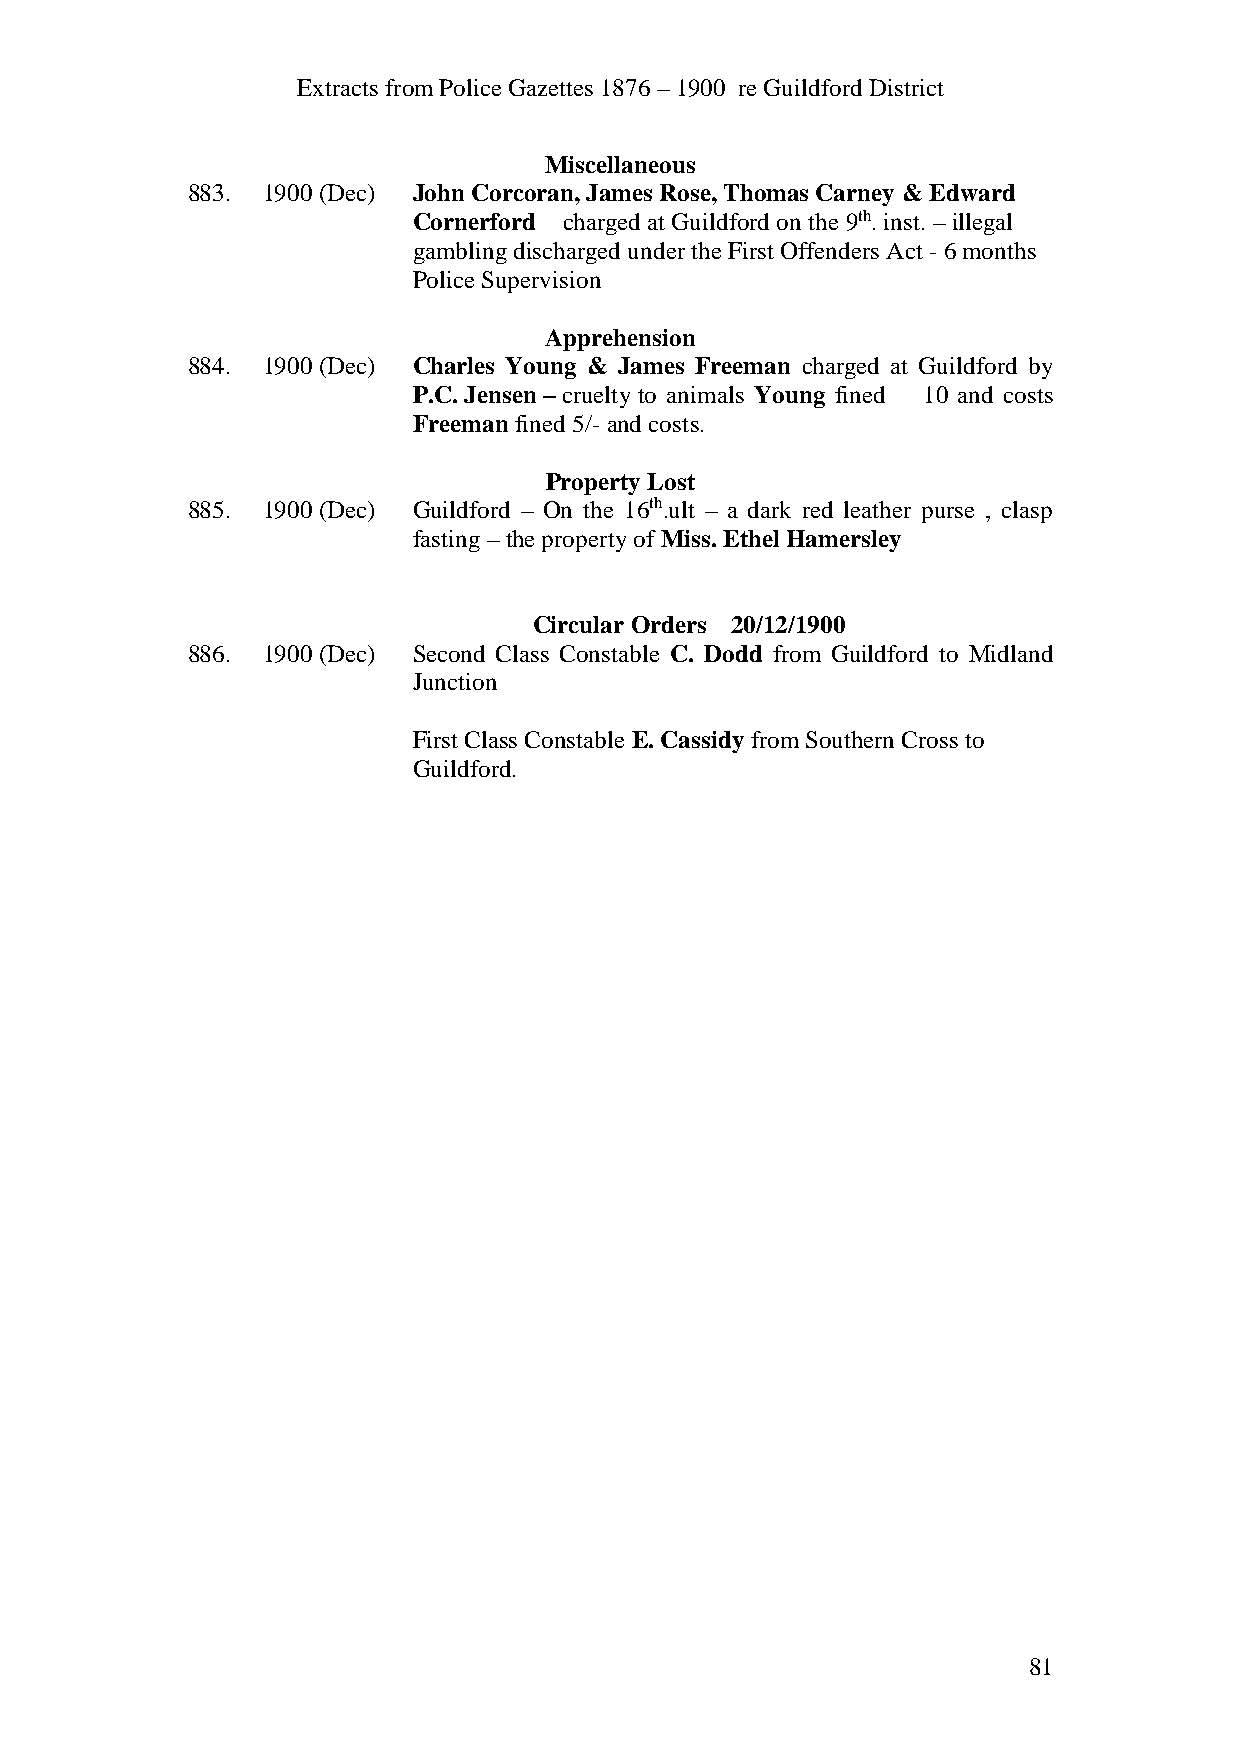
Extracts from Police Gazettes 1876 – 1900 re Guildford District
 Miscellaneous
 883. 1900 (Dec) John Corcoran, James Rose, Thomas Carney & Edward
 Cornerford charged at Guildford on the 9th. inst. – illegal
 gambling discharged under the First Offenders Act - 6 months
 Police Supervision
 Apprehension
 884. 1900 (Dec) Charles Young & James Freeman charged at Guildford by
 P.C. Jensen – cruelty to animals Young fined 10 and costs
 Freeman fined 5/- and costs.
 Property Lost
 885. 1900 (Dec) Guildford – On the 16th.ult – a dark red leather purse , clasp
 fasting – the property of Miss. Ethel Hamersley
 Circular Orders 20/12/1900
 886. 1900 (Dec) Second Class Constable C. Dodd from Guildford to Midland
 Junction
 First Class Constable E. Cassidy from Southern Cross to
 Guildford.
 81